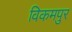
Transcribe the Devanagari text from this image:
विकमपुर